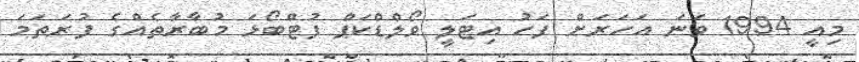
މިއީ 1994 ވަނަ އަހަރަށް ފަހު އިޓަލީ ވޯލްޑްކަޕް ފުޓްބޯޅަ މުބާރާތެއްގެ ފުރަތަމަ